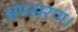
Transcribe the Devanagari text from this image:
अपसरण।